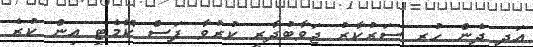
އަދި ދެން ހުރި ސަރުކާރު ޖަވާބުދާރީ ކުރުވާ ފަސް ކޮމެޓީ އިން ކުރެ